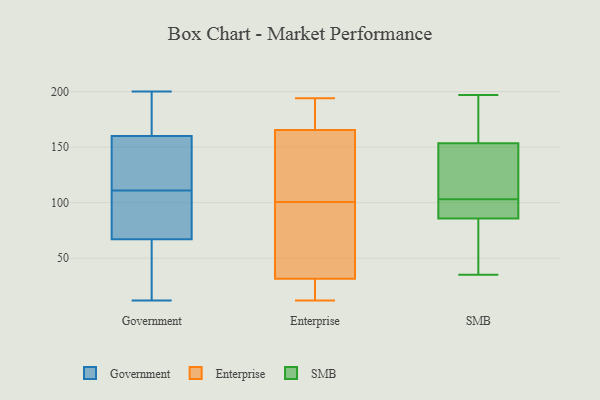
{"axis": {"x": "Active Users", "y": "Value"}, "legend": ["Enterprise", "Government", "SMB"], "data": [{"x": "", "y": 116, "type": "Government"}, {"x": "", "y": 111, "type": "Government"}, {"x": "", "y": 190, "type": "Government"}, {"x": "", "y": 68, "type": "Government"}, {"x": "", "y": 192, "type": "Government"}, {"x": "", "y": 110, "type": "Government"}, {"x": "", "y": 56, "type": "Government"}, {"x": "", "y": 78, "type": "Government"}, {"x": "", "y": 144, "type": "Government"}, {"x": "", "y": 12, "type": "Government"}, {"x": "", "y": 150, "type": "Government"}, {"x": "", "y": 64, "type": "Government"}, {"x": "", "y": 200, "type": "Government"}, {"x": "", "y": 115, "type": "Enterprise"}, {"x": "", "y": 189, "type": "Enterprise"}, {"x": "", "y": 155, "type": "Enterprise"}, {"x": "", "y": 32, "type": "Enterprise"}, {"x": "", "y": 12, "type": "Enterprise"}, {"x": "", "y": 27, "type": "Enterprise"}, {"x": "", "y": 176, "type": "Enterprise"}, {"x": "", "y": 34, "type": "Enterprise"}, {"x": "", "y": 86, "type": "Enterprise"}, {"x": "", "y": 62, "type": "Enterprise"}, {"x": "", "y": 194, "type": "Enterprise"}, {"x": "", "y": 22, "type": "Enterprise"}, {"x": "", "y": 190, "type": "Enterprise"}, {"x": "", "y": 53, "type": "Enterprise"}, {"x": "", "y": 29, "type": "Enterprise"}, {"x": "", "y": 177, "type": "Enterprise"}, {"x": "", "y": 31, "type": "Enterprise"}, {"x": "", "y": 135, "type": "Enterprise"}, {"x": "", "y": 152, "type": "Enterprise"}, {"x": "", "y": 118, "type": "Enterprise"}, {"x": "", "y": 114, "type": "SMB"}, {"x": "", "y": 103, "type": "SMB"}, {"x": "", "y": 155, "type": "SMB"}, {"x": "", "y": 79, "type": "SMB"}, {"x": "", "y": 153, "type": "SMB"}, {"x": "", "y": 197, "type": "SMB"}, {"x": "", "y": 95, "type": "SMB"}, {"x": "", "y": 175, "type": "SMB"}, {"x": "", "y": 88, "type": "SMB"}, {"x": "", "y": 35, "type": "SMB"}, {"x": "", "y": 88, "type": "SMB"}, {"x": "", "y": 44, "type": "SMB"}, {"x": "", "y": 124, "type": "SMB"}]}